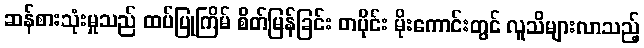
ဆန်စားသုံးမှုသည် ထပ်ပြုကြိမ် စိတ်မြန်ခြင်း တပိုင်း မိုးကောင်းတွင် လူသိများလာသည့်